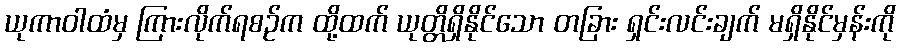
ယုကာဝါထံမှ ကြားလိုက်ရစဉ်က ထို့ထက် ယုတ္တိရှိနိုင်သော တခြား ရှင်းလင်းချက် မရှိနိုင်မှန်းကို